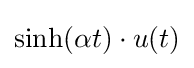
\sinh(\alpha t)\cdot u(t)